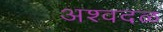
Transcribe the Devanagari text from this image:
अश्वदळ